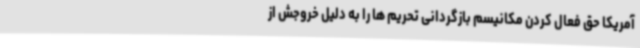
آمریکا حق فعال کردن مکانیسم بازگردانی تحریم ها را به دلیل خروجش از